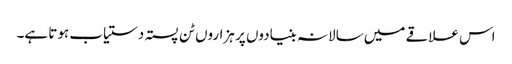
اس علاقے میں سالانہ بنیادوں پر ہزاروں ٹن پستہ دستیاب ہوتا ہے۔